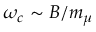
\omega _ { c } \sim B / m _ { \mu }